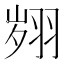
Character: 翙